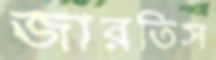
জারতিস